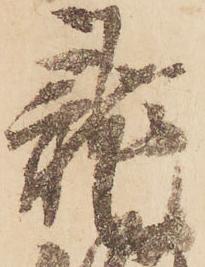
龍